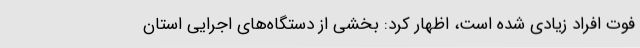
فوت افراد زیادی شده است، اظهار کرد: بخشی از دستگاه‌های اجرایی استان